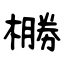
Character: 橳